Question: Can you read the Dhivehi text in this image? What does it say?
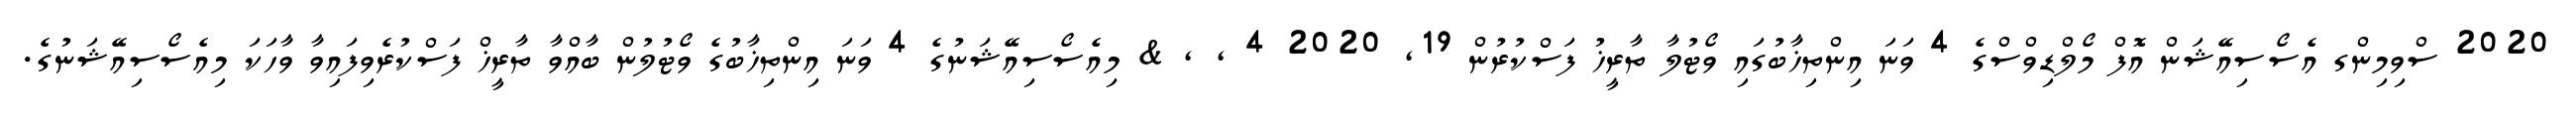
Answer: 2020 ސްވިމިންގ އެސޯސިއޭޝަން އޮފް މޯލްޑިވްސްގެ 4 ވަނަ އިންތިޚާބުގައި ވޯޓުލާ ތާރީޚު ފަސްކުރުން 19, 2020 4 , , & މިއެސޯސިއޭޝަނުގެ 4 ވަނަ އިންތިޚާބުގެ ވޯޓުލުން ބާއްވާ ތާރީޚް ފަސްކުރެވިފައިވާ ވާހަކަ މިއެސޯސިއޭޝަނުގެ.